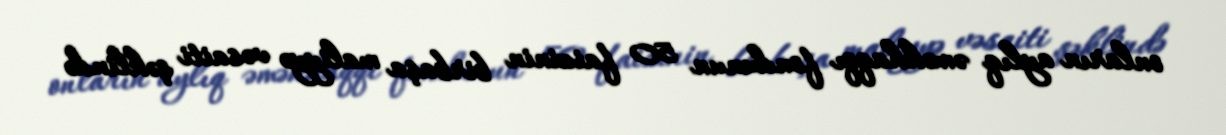
onların aylıq əməkhaqqı fondunun 50 faizinin birbaşa maliyyə vəsaiti şəklində